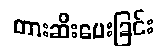
တားဆီးပေးခြင်း